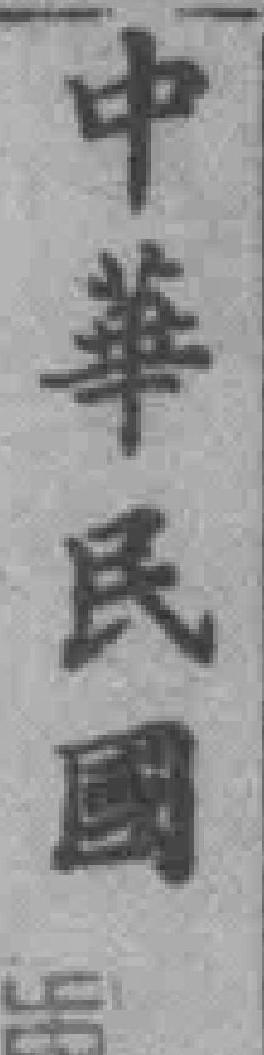
中華民國